Scientific memoirs by medical officers of the Army of India - Part X,
Year: 1897
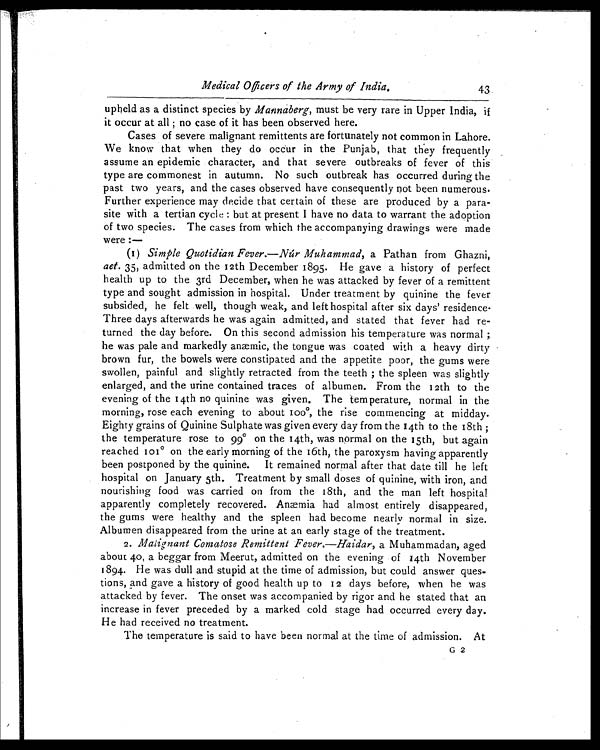
Medical Officers of the Army of India.
43
upheld as a distinct species by Mannaberg, must be very rare in Upper India, if
it occur at all ; no case of it has been observed here.
Cases of severe malignant remittents are fortunately not common in Lahore.
We know that when they do occur in the Punjab, that they frequently
assume an epidemic character, and that severe outbreaks of fever of this
type are commonest in autumn. No such outbreak has occurred during the
past two years, and the cases observed have consequently not been numerous.
Further experience may decide that certain of these are produced by a para-
site with a tertian cycle : but at present I have no data to warrant the adoption
of two species. The cases from which the accompanying drawings were made
were :—
(1) Simple Quotidian Fever.—Núr Muhammad, a P a t h a n f r o m G h a z n i ,
aet. 35, admitted on the 12th December 1895. He gave a history of perfect
health up to the 3rd December, when he was attacked by fever of a remittent
type and sought admission in hospital. Under treatment by quinine the fever
subsided, he felt well, though weak, and left hospital after six days' residence.
Three days afterwards he was again admitted, and stated that fever had re-
turned the day before. On this second admission his temperature was normal ;
he was pale and markedly anæmic, the tongue was coated with a heavy dirty
brown fur, the bowels were constipated and the appetite poor, the gums were
swollen, painful and slightly retracted from the teeth ; the spleen was slightly
enlarged, and the urine contained traces of albumen. From the 12th to the
evening of the 14th no quinine was given. The temperature, normal in the
morning, rose each evening to about 100º, the rise commencing at midday.
Eighty grains of Quinine Sulphate was given every day from the 14th to the 18th ;
the temperature rose to 99° on the 14th, was normal on the 15th, but again
reached 101º on the early morning of the 16th, the paroxysm having apparently
been postponed by the quinine. It remained normal after that date till he left
hospital on January 5th. Treatment by small doses of quinine, with iron, and
nourishing food was carried on from the 18th, and the man left hospital
apparently completely recovered. Anæmia had almost entirely disappeared,
the gums were healthy and the spleen had become nearly normal in size.
Albumen disappeared from the urine at an early stage of the treatment.
2. Malignant comatose Remittent Fever. —Haidar, a Muhammadan, aged
about 40, a beggar from Meerut, admitted on the evening of 14th November
1894. He was dull and stupid at the time of admission, but could answer ques-
tions, and gave a history of good health up to 12 days before, when he was
attacked by fever. The onset was accompanied by rigor and he stated that an
increase in fever preceded by a marked cold stage had occurred every day.
He had received no treatment.
The temperature is said to have been normal at the time of admission. At
G 2